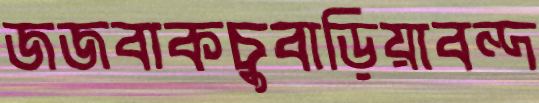
জজবাকচুবাড়িয়াবন্দ